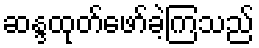
ဆန္ဒထုတ်ဖော်ခဲ့ကြသည်